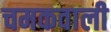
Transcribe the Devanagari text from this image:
चमकवाली